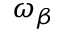
\omega _ { \beta }